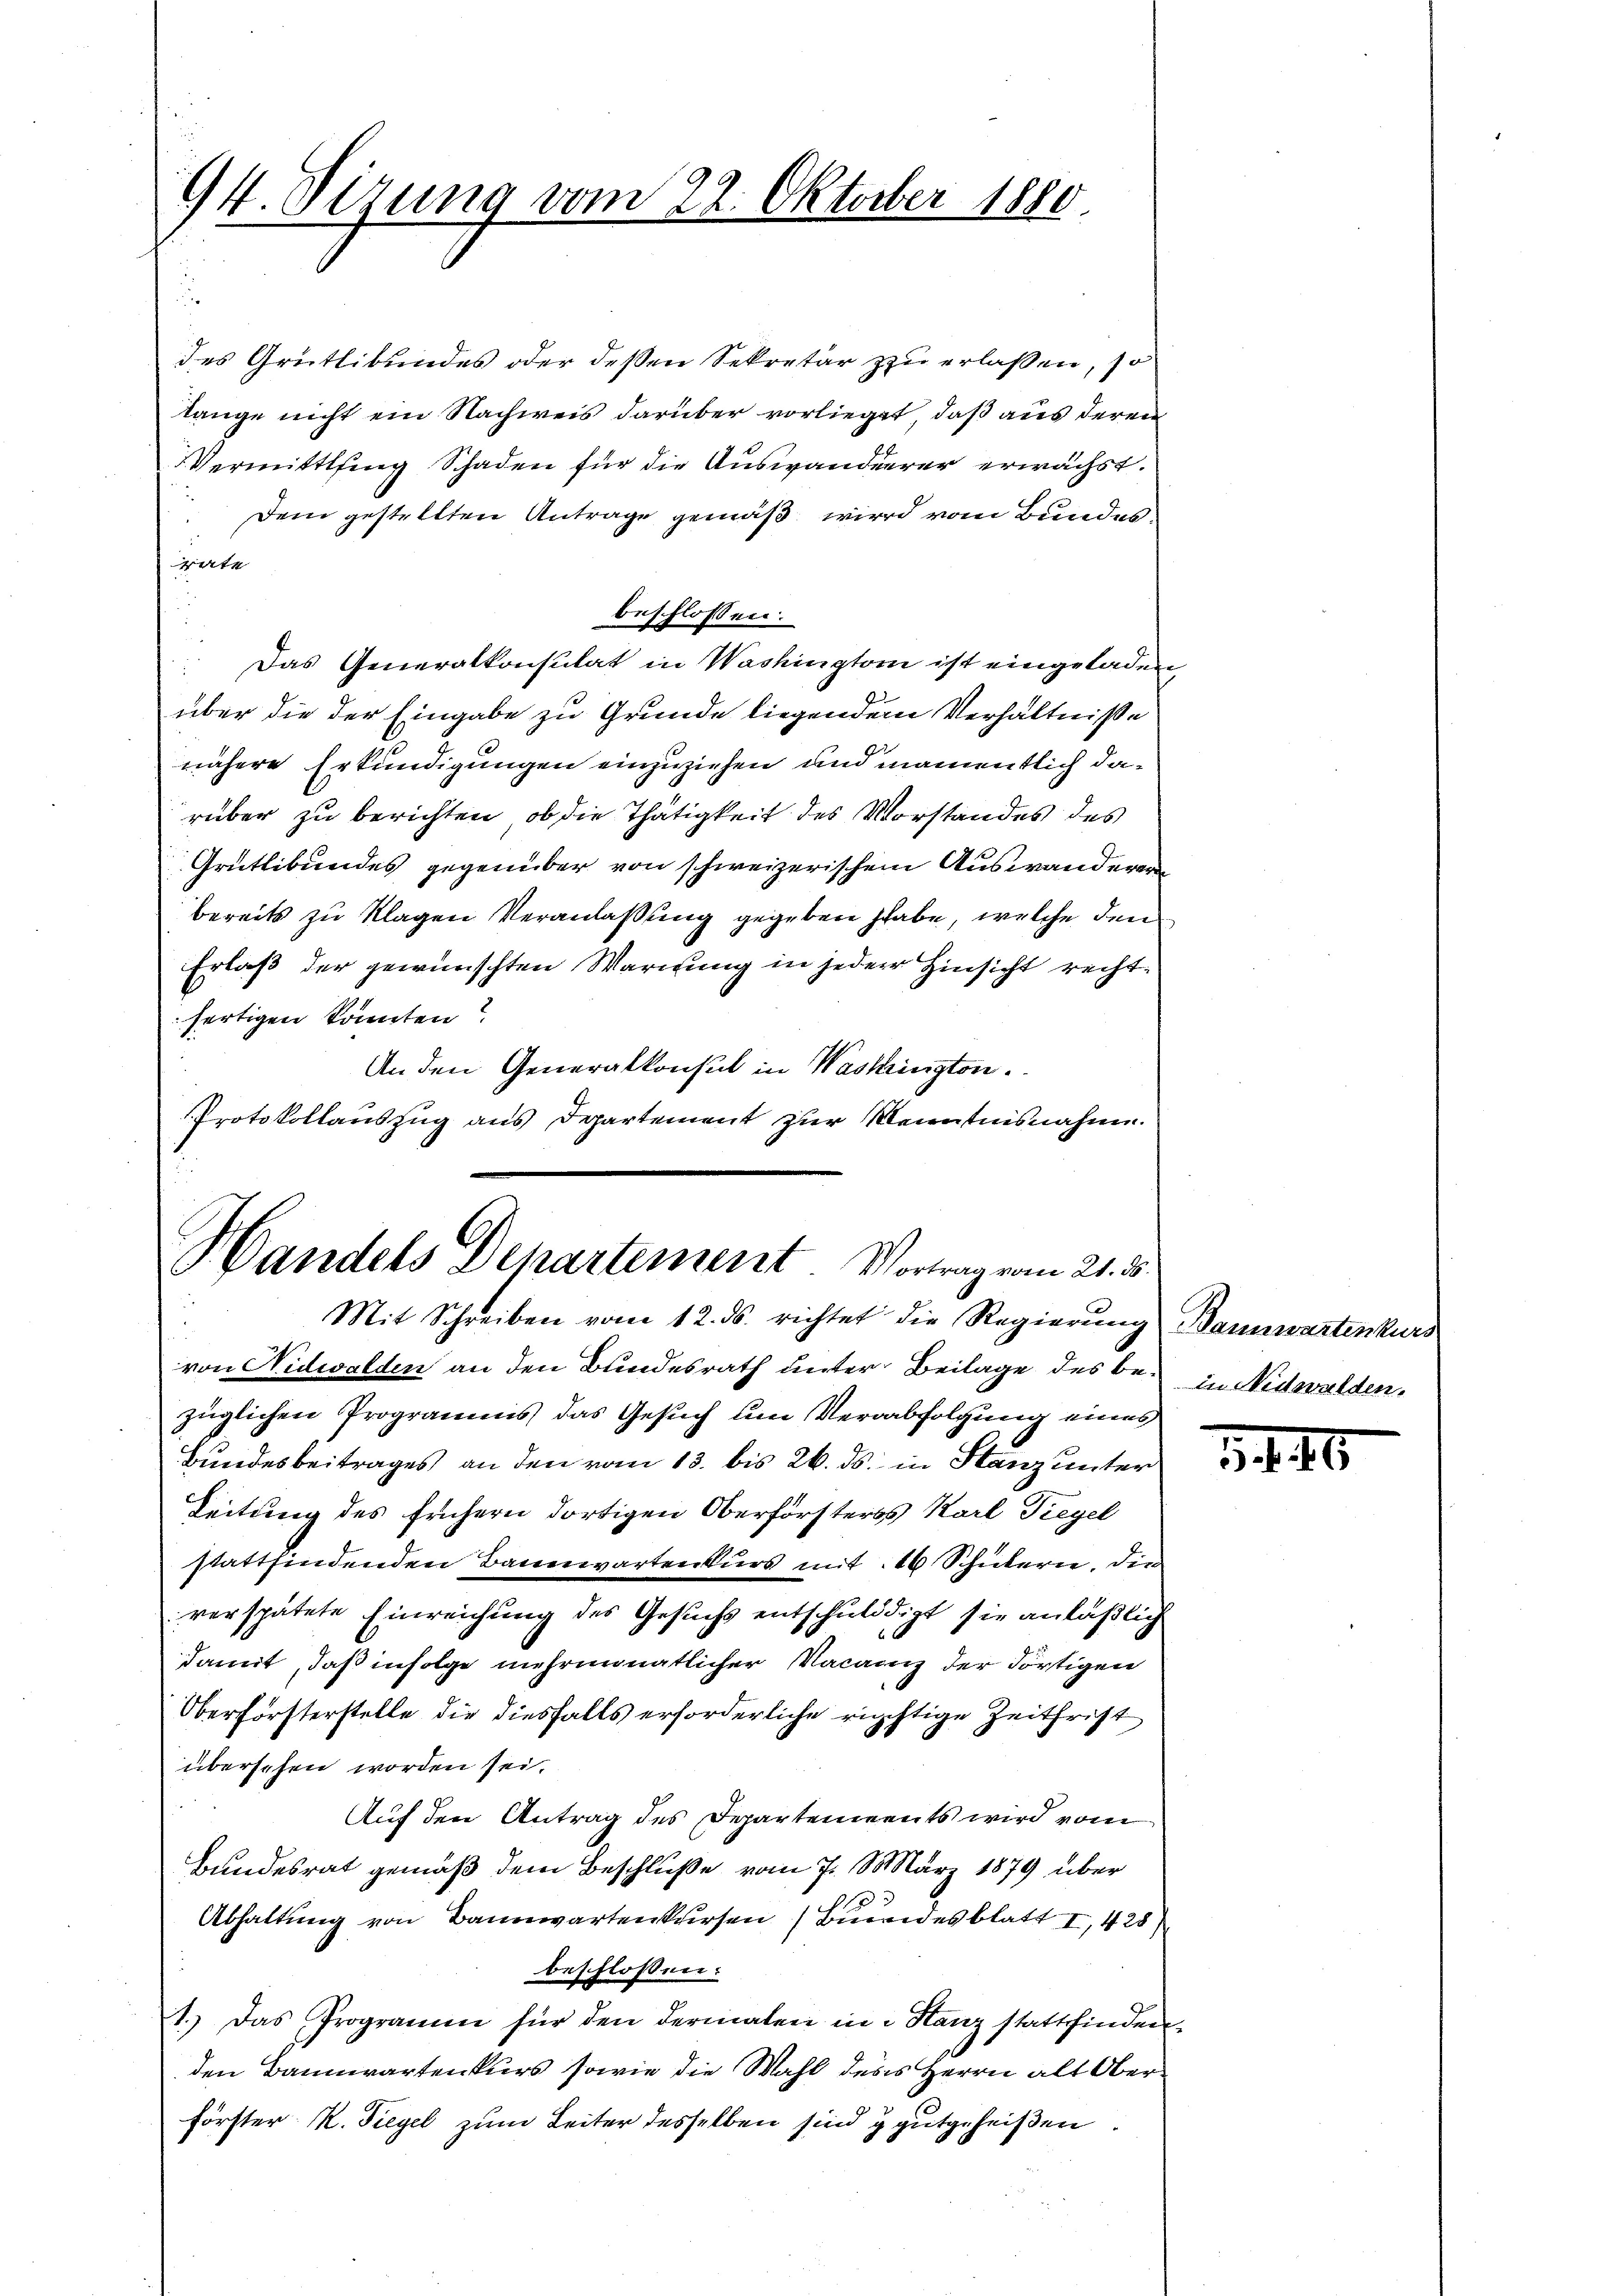
94. Sirung vom 22. Oktober 1880.

des Grütlibendes oder deßen Sekretär zu erlassen, so
lange nicht ein Nachweis darüber vorlieget, daß aus deren
Vermittling Schaden für die Auswanderer erwächst.
 Dem gestellten Antrage gemäß wird vom Bundes
rate
beschlossen:
Das Generalkonsulat in Washington ist eingeladen,
über die der Eingabe zu Grunde liegendem Verhältnisse
nähere Erkundigungen einzuziehen und namentlich darüber zu berichten, ob die Thätigkeit des Vorstandes des
Grütlibundes gegenüber von schweizerischem Auswanderen
bereits zu klagen Veranlaßung gegeben habe, welche den
Erlass der gewünschten Warnung in jeder Hinsicht rechtfertigen konnten?
An den Generalkonsul in Washington.
Protokollauszug aus Departement zur Kenntnisnahme.

Handels Departement. Vortrag vom 21. d.
Mit Schreiben vom 12. ds. richtet die Regierŭng Bannwartenkurs

3
von Nidwalden an den Bundesrath unter Beilage des bezüglichen Programms das Gesuch um Verabfolgung eines
Bundesbeitrages an den vom 13. bis 26. ds. in Stanz unter
Leitung des frühern dortigen Oberförsters Karl Tiegel
stattfindenden Bauenwarten kurs mit 16 Schülern, die
verspätete Einreichung des Gesuchs entschuldigt sie anläßlich
damit, daß infolge mehrmonatlicher Vacanz der Förtigen
Oberforsterstelle die diesfalls erforderliche richtige Zeitfrist
übersehen worden sei.
Auf den Antrag des Departements wird vom
Bundesrat gemäß dem Beschluße vom 7. März 1879 über
.
Abhaltung von Bannwartenkursen (Binandesblatt I, 425
beschlossen:
1.) Das Programm für den dermalen in Stanz stattfinden
den Bannwartenkurs sowie die Wahl des Herrn alt Ober¬
Förster K. Siegel zum Leiter desselben sind g gutgeheißen

In Nidwalden.

5446